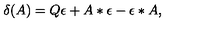
\delta ( A ) = Q \epsilon + A * \epsilon - \epsilon * A ,